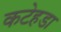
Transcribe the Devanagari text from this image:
कटेहडा